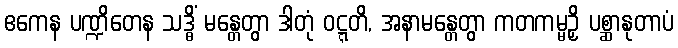
ဧကေန ပဏ္ဍိတေန သဒ္ဓိံ မန္တေတွာ ဒါတုံ ဝဋ္ဋတိ, အနာမန္တေတွာ ကတကမ္မဉှိ ပစ္ဆာနုတာပံ